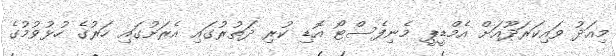
މިއަދު ވައިކަރަދޫއަށް އެމްޑީޕީ މެނިފެސްޓޯ އޮޑި ކުރި ދަތުރުގައި އެރަށުގައި ހަރުގެ ހުޅުވުމުގެ